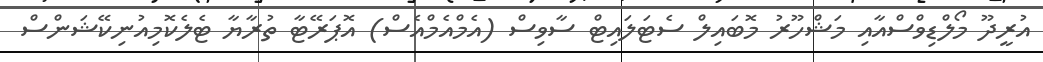
އުރީދޫ މޯލްޑިވްސްއާއި މަޝްހޫރު މޮބައިލް ސެޓަލައިޓް ސާވިސް (އެމްއެމްއެސް) އޮޕަރޭޓާ ތުރާޔާ ޓެލެކޮމިއުނިކޭޝަންސް